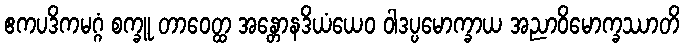
ဧကပဒိကမဂ္ဂံ စက္ခူ တာဝေတ္ထ အန္တောနဒိယံယေဝ ဝါဒပ္ပမောက္ခာယ အညာဝိမောက္ခဿာတိ